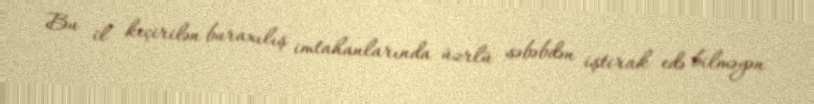
Bu il keçirilən buraxılış imtahanlarında üzrlü səbəbdən iştirak edə bilməyən